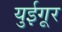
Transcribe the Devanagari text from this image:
युईगूर